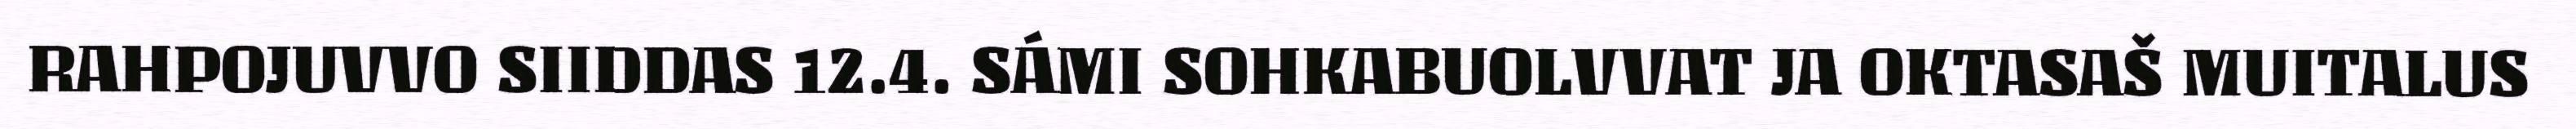
RAHPOJUVVO SIIDDAS 12.4. SÁMI SOHKABUOLVVAT JA OKTASAŠ MUITALUS